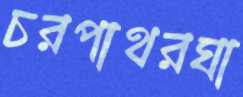
চরপাথরঘা